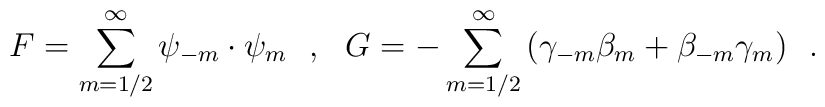
{F} = {\sum_{m=1/2}^{\infty}\psi_{-m} \cdot \psi_m}~~,~~{G} = {- \sum_{m=1/2}^{\infty}\left( \gamma_{-m}  \beta_m + \beta_{-m} \gamma_m\right)} ~~.